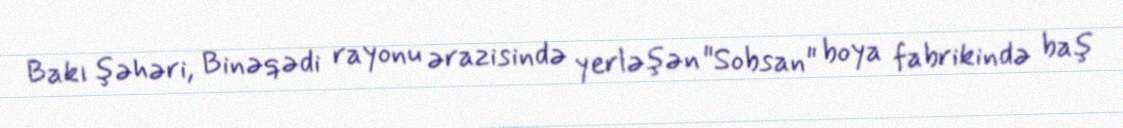
Bakı şəhəri, Binəqədi rayonu ərazisində yerləşən "Sobsan" boya fabrikində baş